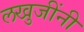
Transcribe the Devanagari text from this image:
लखुजींनी